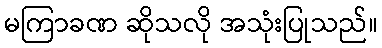
မကြာခဏ ဆိုသလို အသုံးပြုသည်။